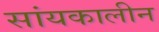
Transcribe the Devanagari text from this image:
सांयकालीन